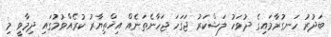
ބަދުރު ހަނގުރާމައިގެ ދުވަހު ލަޝްކަރު ޖަގަހަ ޖަހާނެތަނެއް އިޚްތިޔާރު ކުރެއްވުމުގައި ދިމާވީ މި